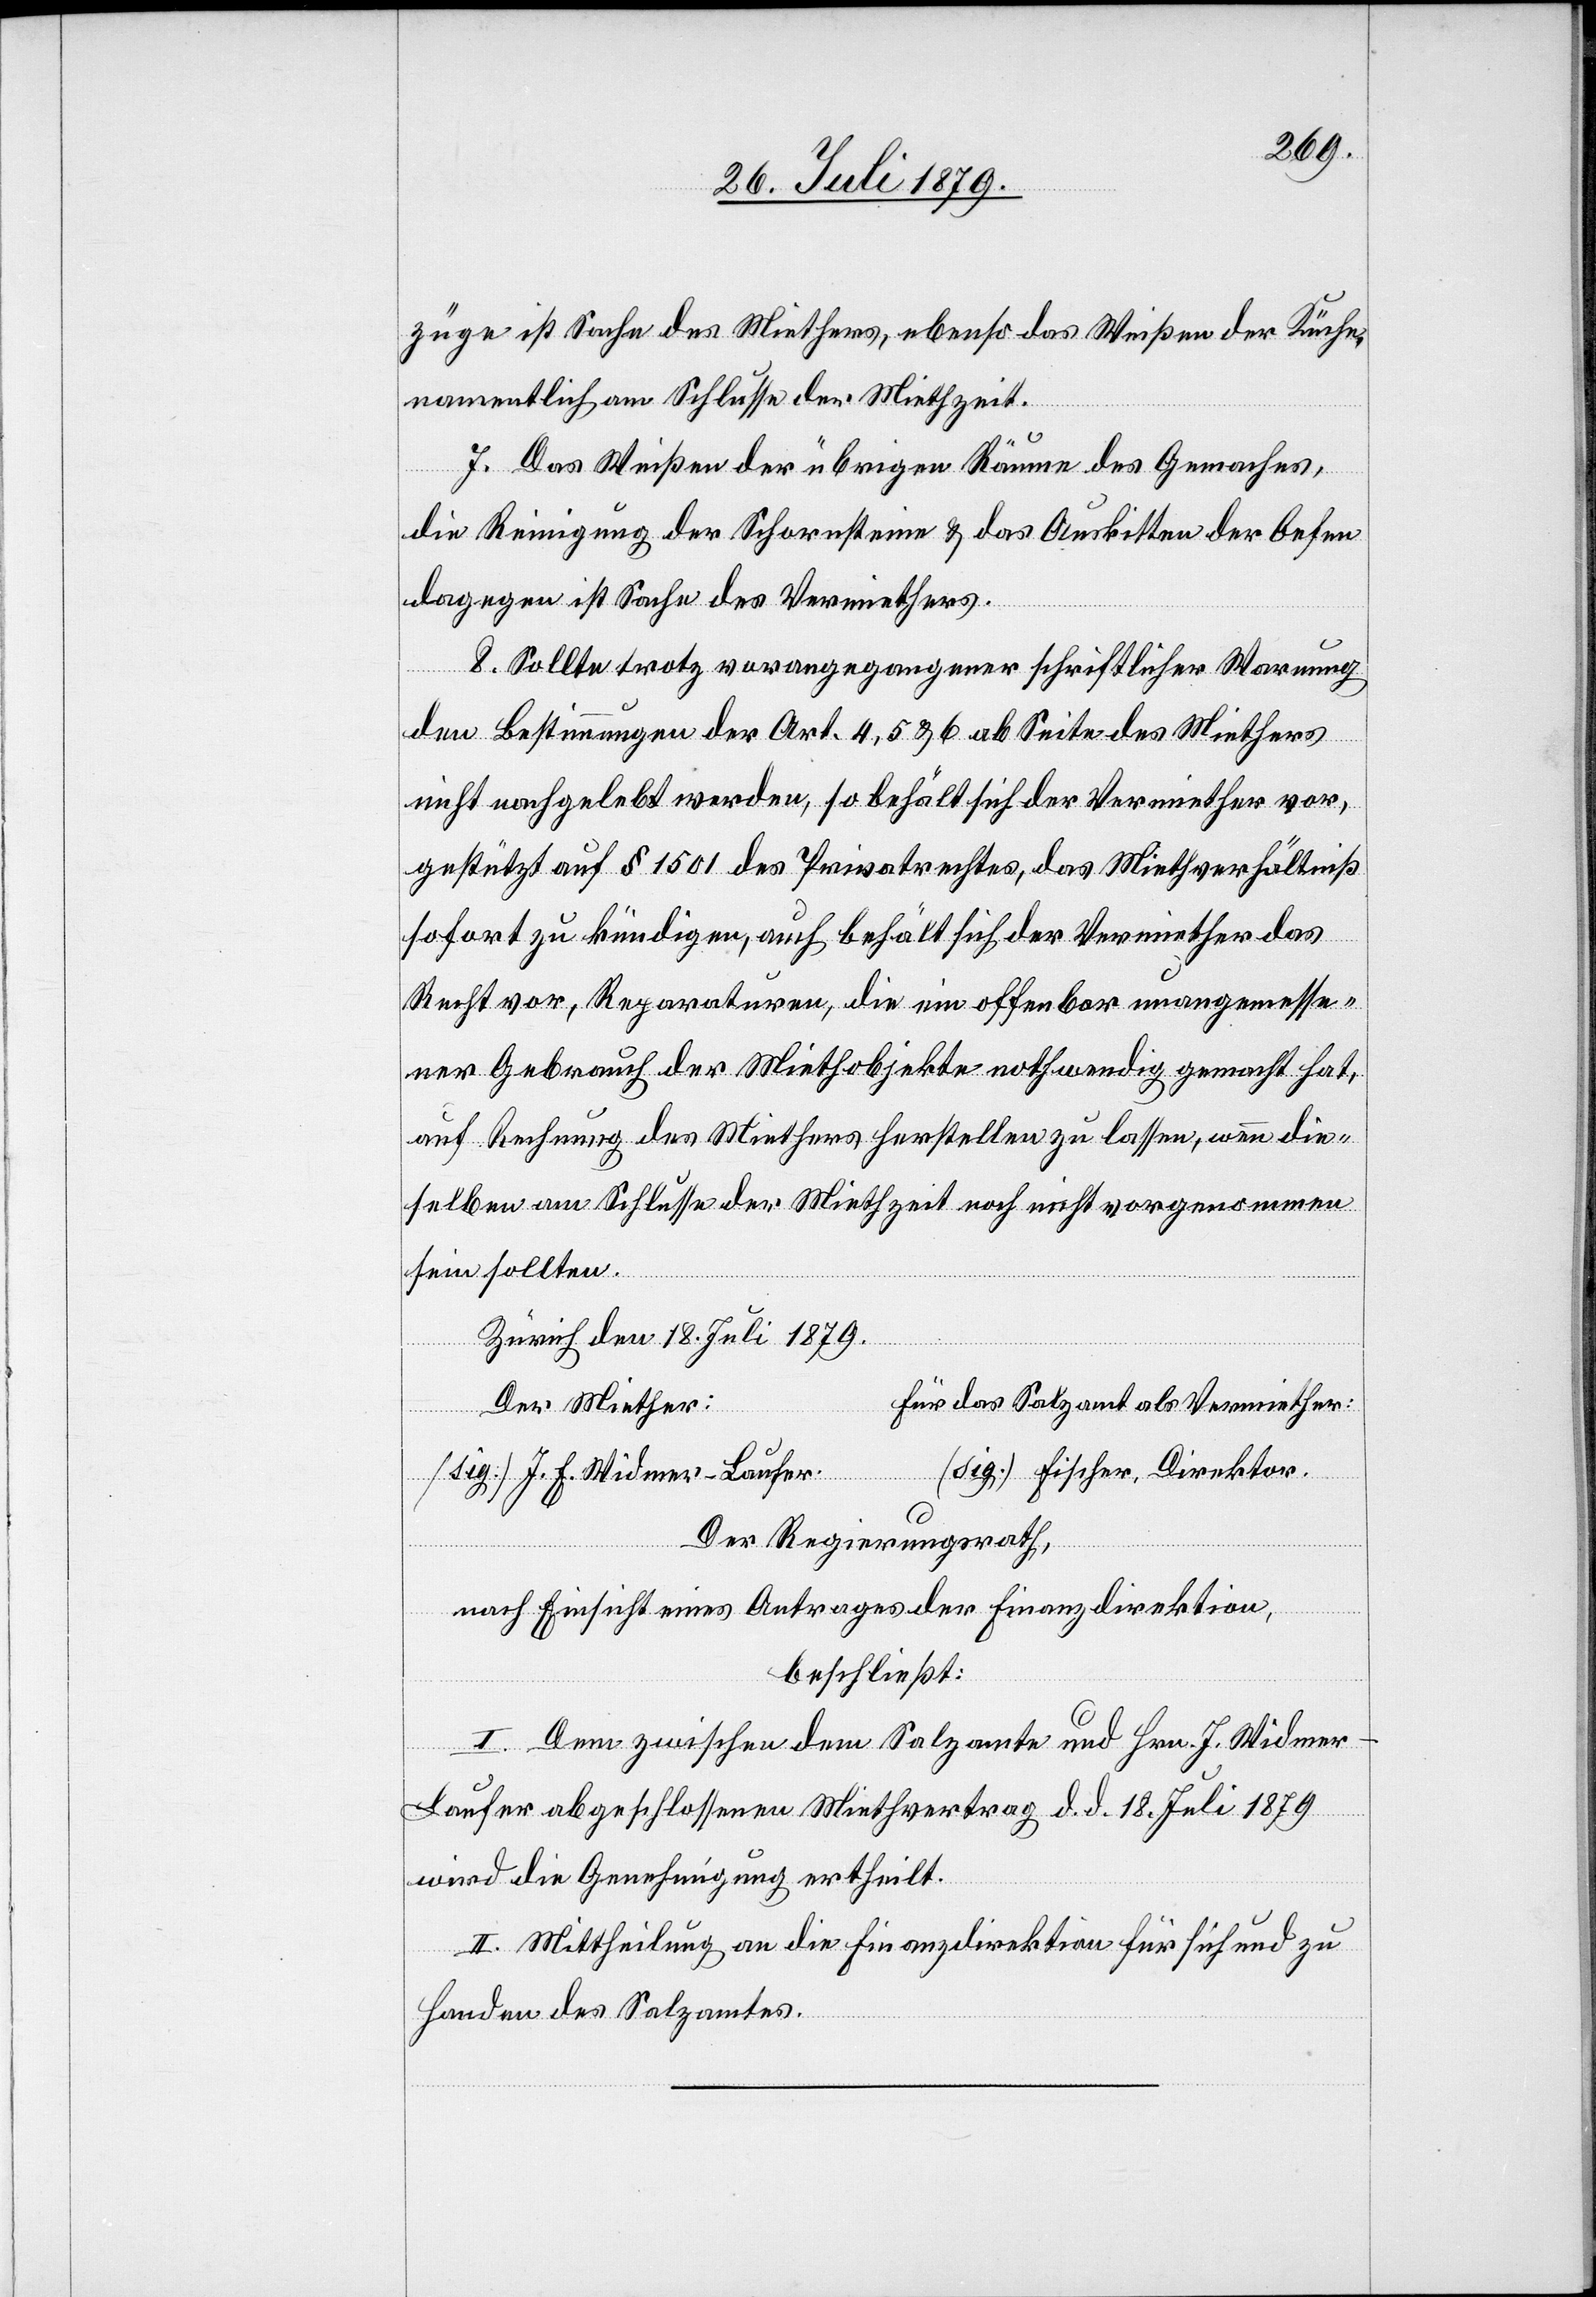
züge ist Sache des Miethers, ebenso das Weißen der Küche,
namentlich am Schlusse der Miethzeit.
7. Das Weißen der übrigen Räume des Gemaches,
die Reinigung der Schornsteine & das Auskitten der Oefen
dagegen ist Sache des Vermiethers.
8. Sollte trotz vorangegangener schriftlicher Warnung
den Bestimmungen der Art. 4, 5 & 6 ab Seite des Miethers
nicht nachgelebt werden, so behält sich der Vermiether vor,
gestützt auf § 1501 des Privatrechtes, das Miethverhältniß
sofort zu kündigen, auch behält sich der Vermiether das
Recht vor, Reparaturen, die ein offenbar unangemesse¬
ner Gebrauch der Miethobjekte nothwendig gemacht hat,
auf Rechnung des Miethers herstellen zu lassen, wenn die¬
selben am Schlusse der Miethzeit noch nicht vorgenommen
sein sollten.
Zürich den 18. Juli 1879.
für das Salzamt als Vermiether:
Der Miether:
[sig.] J. E. Widmer-Laufer [sig.] Fischer, Direktor.
Der Regierungsrath,
nach Einsicht eines Antrages der Finanzdirektion,
beschließt:
I. Dem zwischen dem Salzamte und Hrn. J. Widmer-L¬
aufer abgeschlossenen Miethvertrag d. d. 18. Juli 1879
wird die Genehmigung ertheilt.
II. Mittheilung an die Finanzdirektion für sich und zu
Handen des Salzamtes.